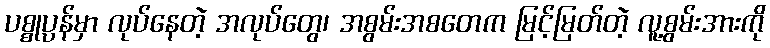
ပစ္စုပ္ပန်မှာ လုပ်နေတဲ့ အလုပ်တွေ၊ အစွမ်းအစတေက မြင့်မြတ်တဲ့ လူ့စွမ်းအားကို